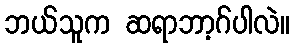
ဘယ်သူက ဆရာဘာ့ဂ်ပါလဲ။